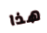
هذا